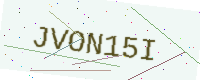
Text: JVON15I